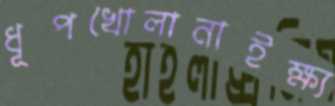
ধূপখোলানাইক্ষ্য